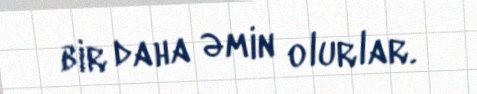
bir daha əmin olurlar.